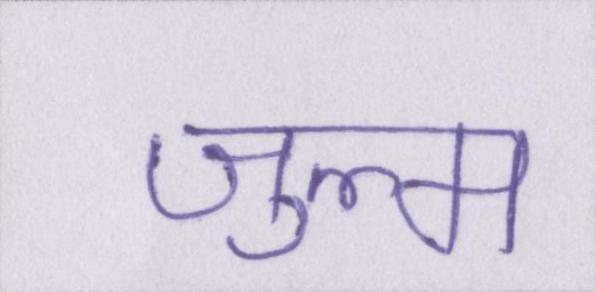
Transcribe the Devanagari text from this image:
ज़ुल्म